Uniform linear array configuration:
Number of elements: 16
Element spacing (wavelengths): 0.75
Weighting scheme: binomial
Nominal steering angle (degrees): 15
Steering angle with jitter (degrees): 16.14
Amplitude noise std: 0.05
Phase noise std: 0.05

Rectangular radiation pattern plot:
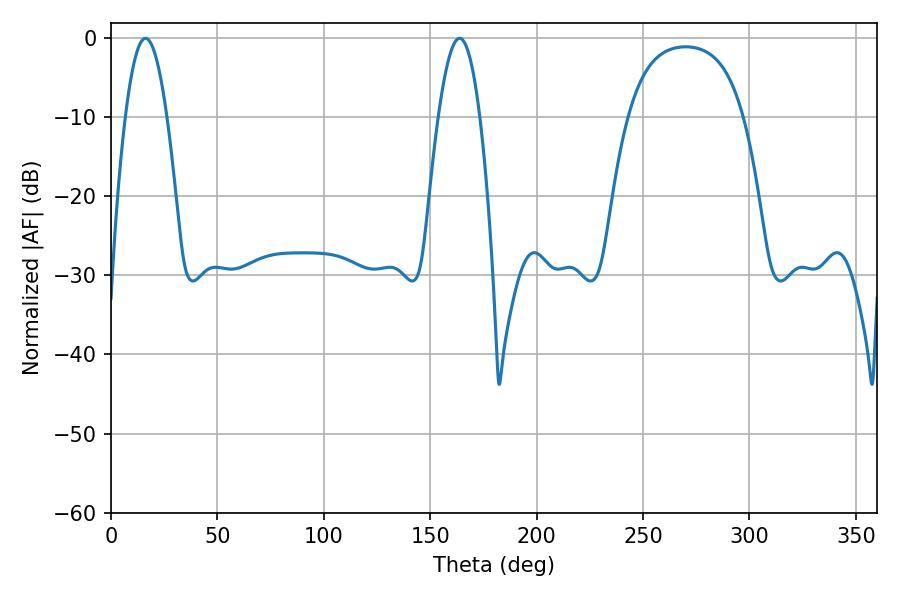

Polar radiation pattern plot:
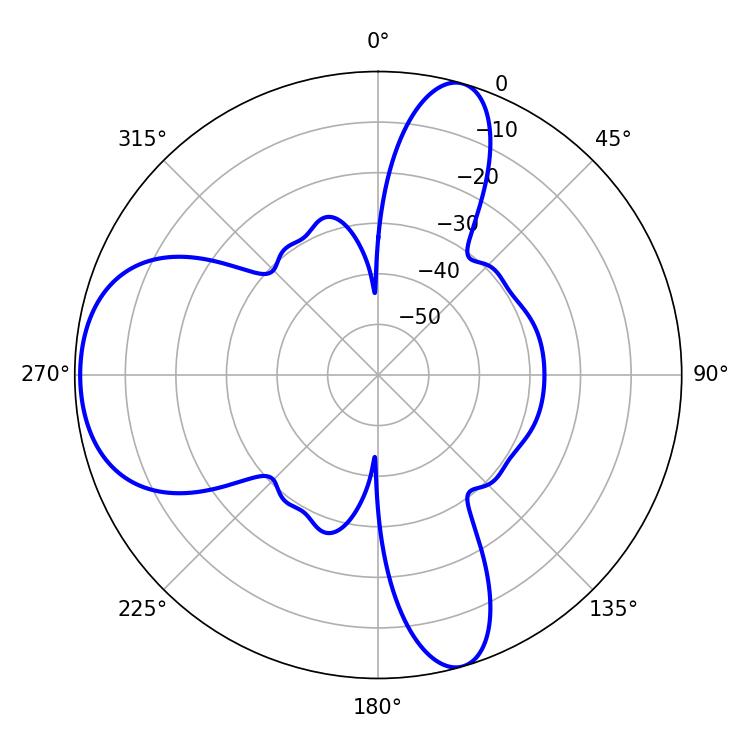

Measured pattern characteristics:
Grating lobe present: TRUE
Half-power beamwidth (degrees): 10.62
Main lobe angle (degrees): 16.2